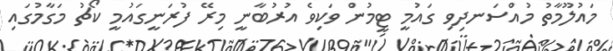
މައުލޫމާތު މުއްސަނދިވި ގައުމީ ޓީމުން ވަކިވެ އުރުބާނީ މިރޭ ފުރަނީގައުމީ ކޯޗު މަގާމުގައި